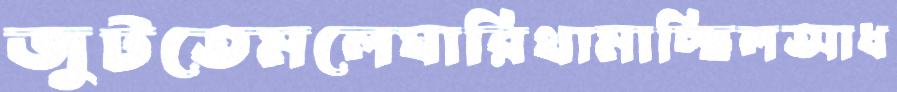
জুটতেমলেঘারিথামাচ্ছিলআধ